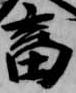
畜